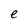
Character: e